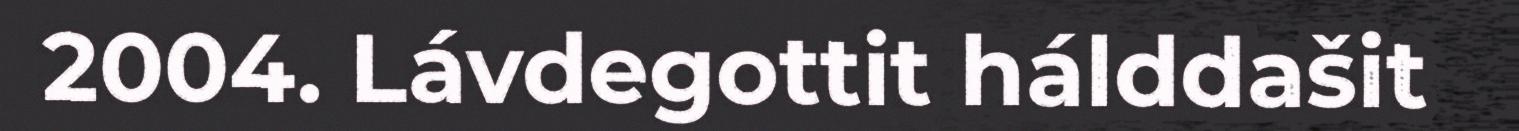
2004. Lávdegottit hálddašit